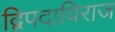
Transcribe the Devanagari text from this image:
द्विपदाविराज